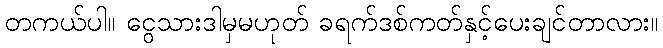
တကယ်ပါ။ ငွေသားဒါမှမဟုတ် ခရက်ဒစ်ကတ်နှင့်ပေးချင်တာလား။